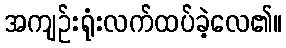
အကျဉ်းရုံးလက်ထပ်ခဲ့လေ၏။